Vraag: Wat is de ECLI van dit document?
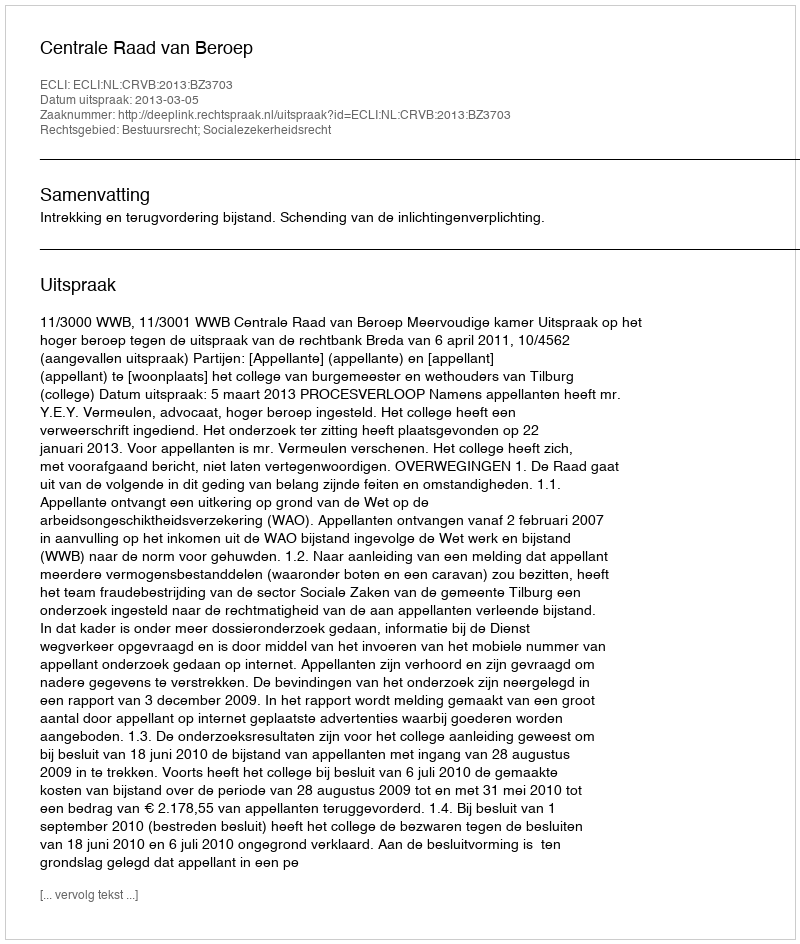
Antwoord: ECLI:NL:CRVB:2013:BZ3703